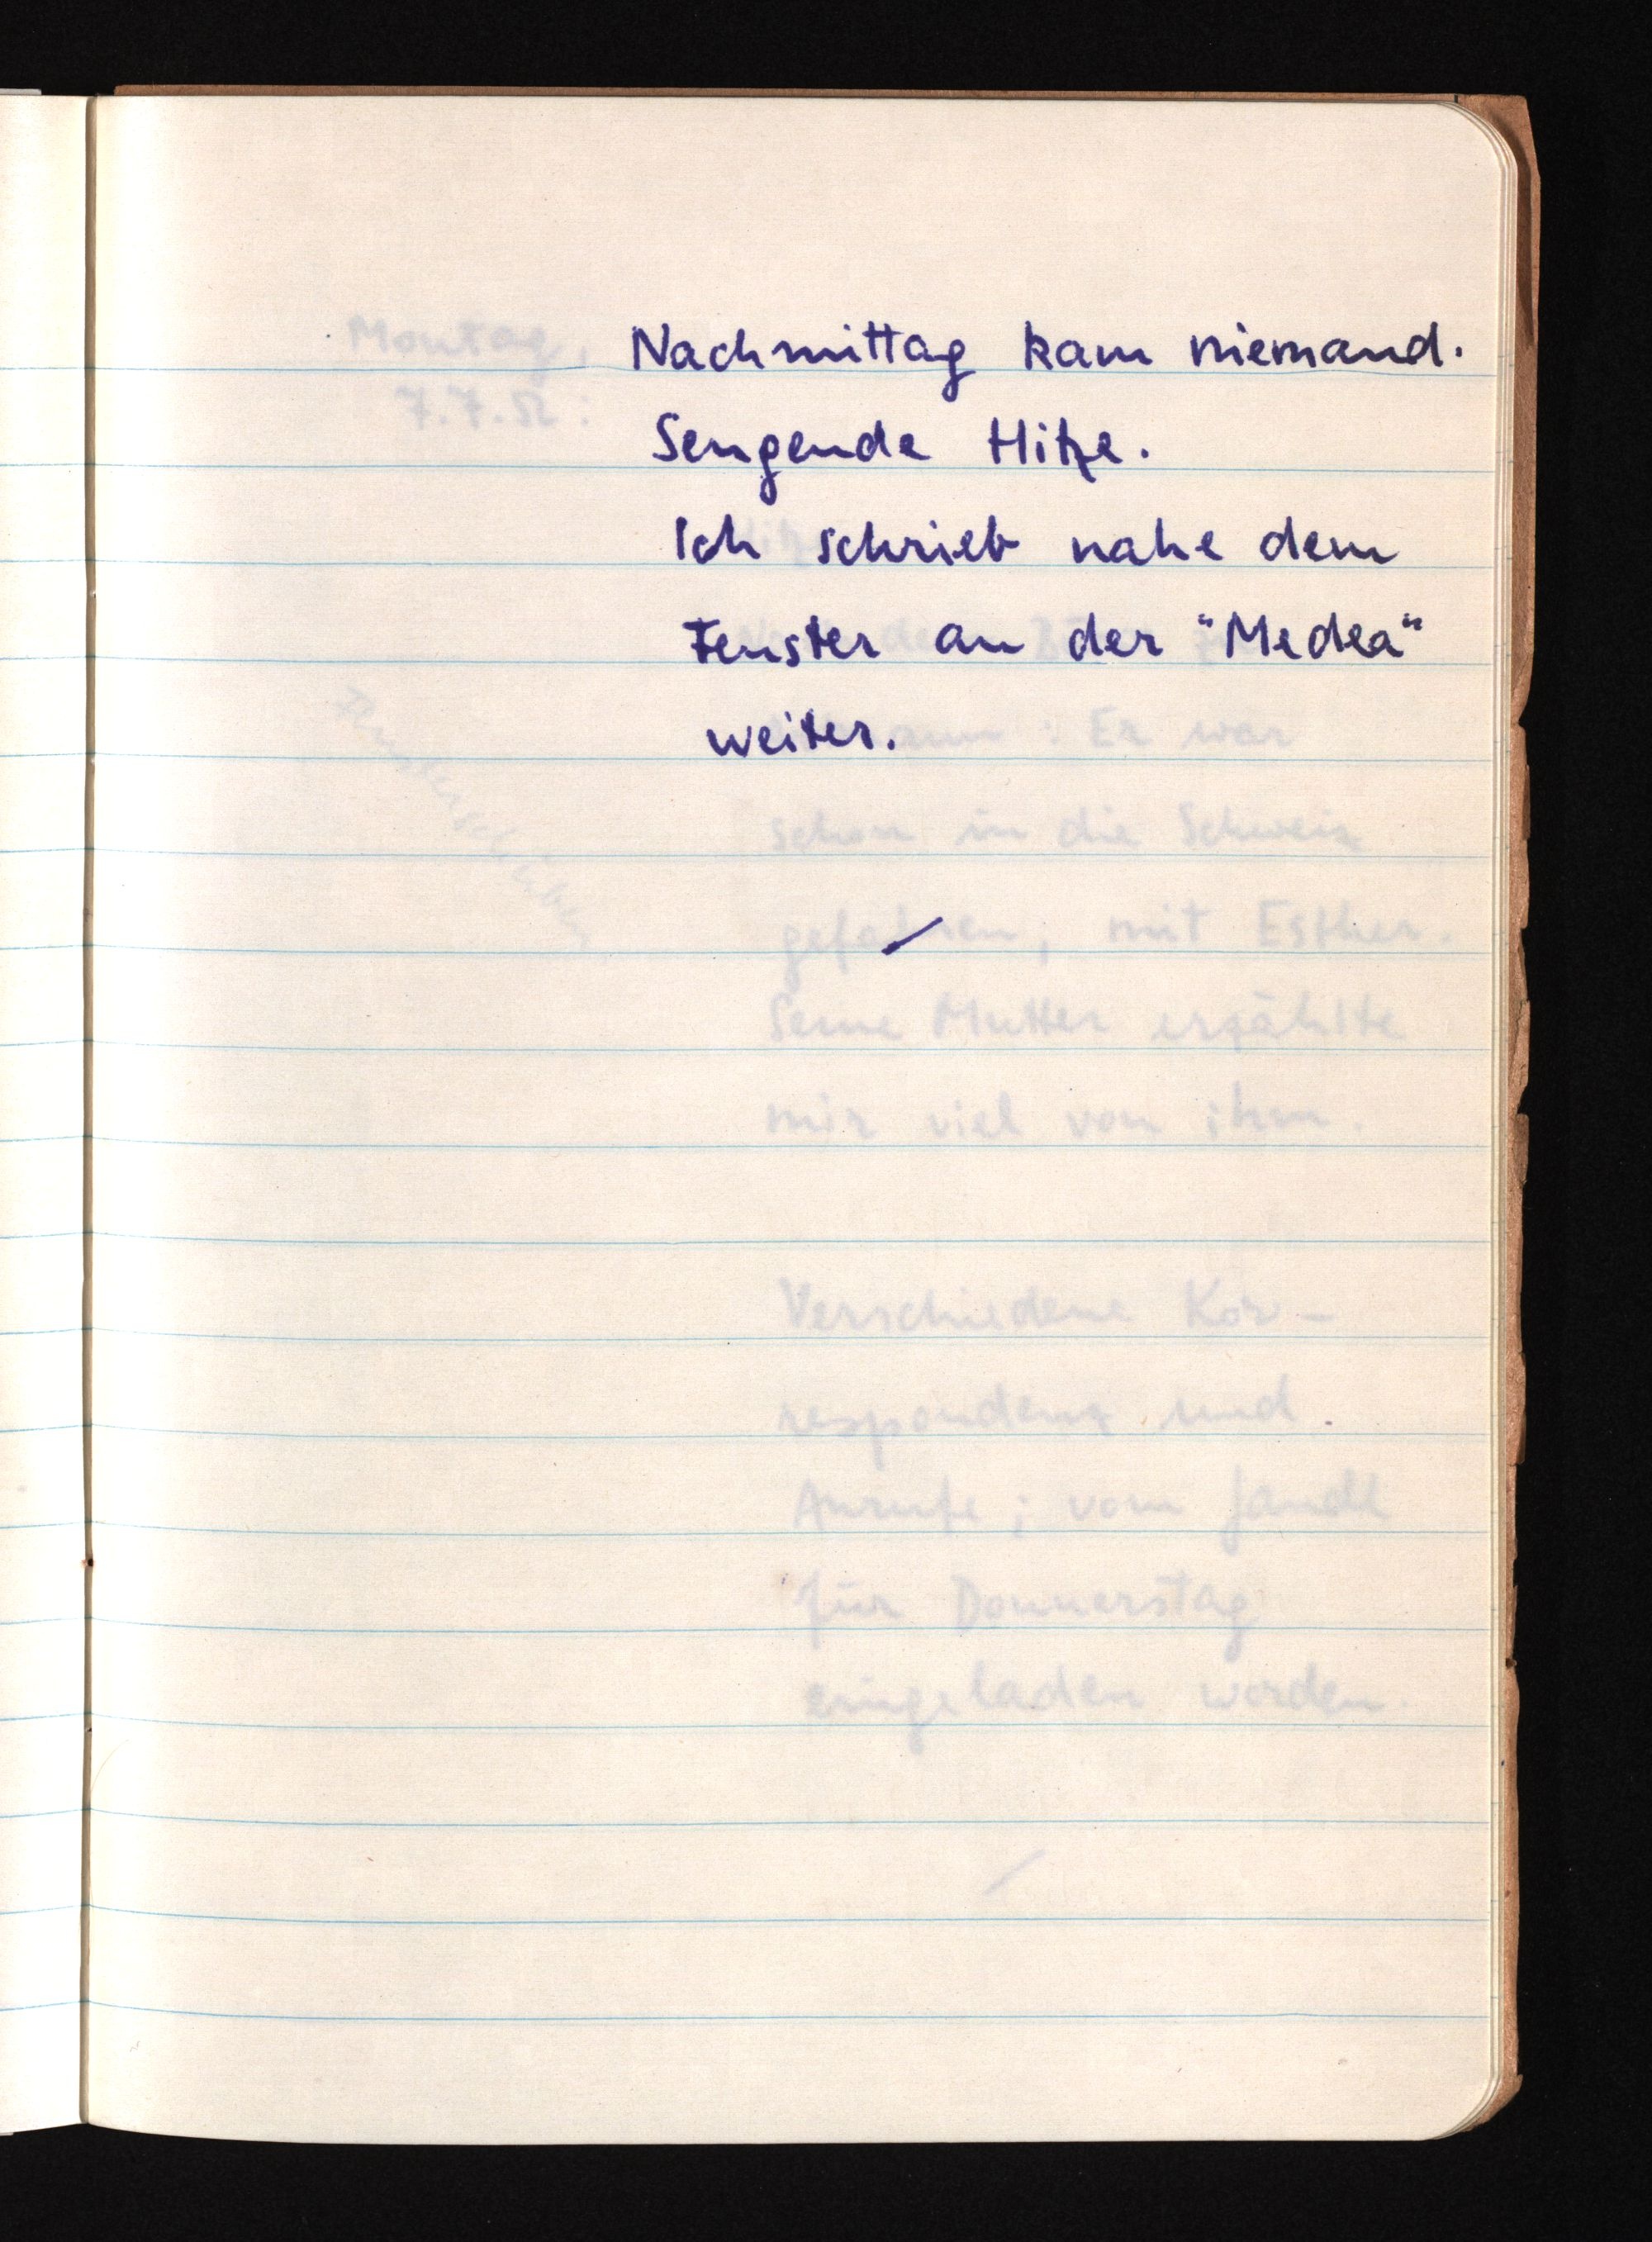
Nachmittag kam niemand.
Sengende Hitze.
Ich schrieb nahe dem
Fenster an der "Medea"
weiter.